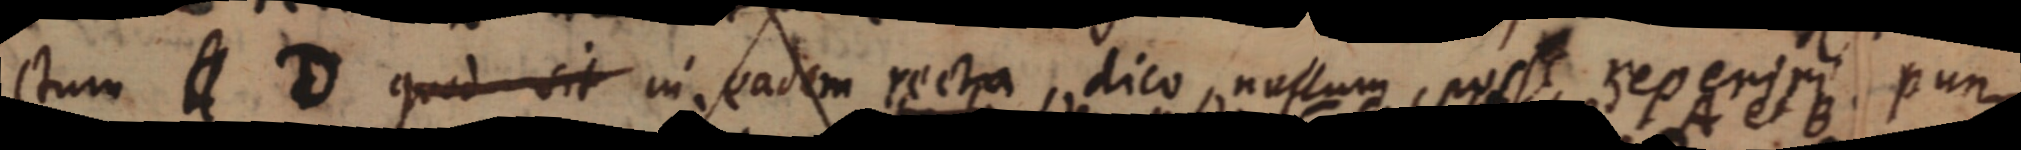
ctum C D quod sit in eadem recta, dico, nullum, posse reperiri pun